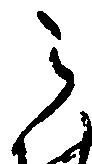
之